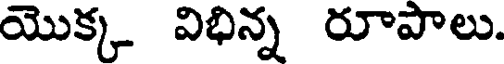
యొక్క విభిన్న రూపాలు.